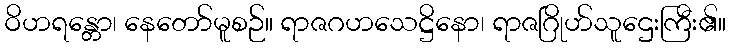
ဝိဟရန္တော၊ နေတော်မူစဉ်။ ရာဇဂဟသေဋ္ဌိနော၊ ရာဇဂြိုဟ်သူဌေးကြီး၏။